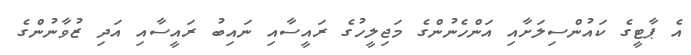
އެ ޕާޓީގެ ކައުންސިލަށާއި އަންހެނުންގެ މަޖިލީހުގެ ރައީސާއި ނައިބު ރައީސާއި އަދި ޒުވާނުންގެ